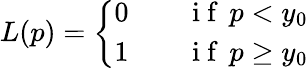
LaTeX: L(p)=\left\{ \begin{array}{ll}{0\qquad\mathrm{~i~f~}\, p<y_{0}}\\ {1\qquad\mathrm{~i~f~}\, p\geq y_{0}}\end{array}\right.